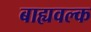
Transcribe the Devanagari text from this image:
बाह्यवल्क